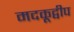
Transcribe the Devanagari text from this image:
मदकूद्वीप